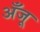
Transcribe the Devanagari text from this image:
अँजू